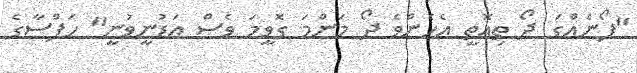
"ފޯނެއްގަ ދޯ ތިއޮތީ އެހެންވެ ދޯ މަންމަ ގޮވީމަ ވެސް އަޑުނީވުނީ" ހަފްސާގެ